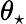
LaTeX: \theta_{\star}